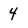
Character: 4